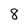
Character: 8